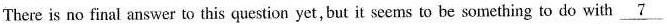
There is no finalanswer to this question yet, but it seems to be something to do with \underline{7}